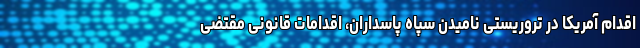
اقدام آمریکا در تروریستی نامیدن سپاه پاسداران، اقدامات قانونی مقتضی